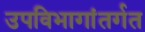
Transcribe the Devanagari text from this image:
उपविभागांतर्गत